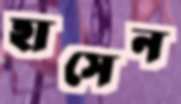
হাসেন